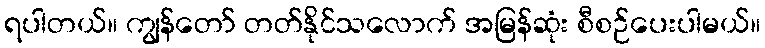
ရပါတယ်။ ကျွန်တော် တတ်နိုင်သလောက် အမြန်ဆုံး စီစဉ်ပေးပါမယ်။